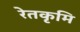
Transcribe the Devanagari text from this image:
रेतकृमि